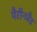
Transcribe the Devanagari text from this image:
मैरीनबैड